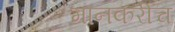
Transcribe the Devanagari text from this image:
मानकरीच